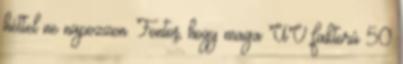
héttel ne napozzon. Fontos, hogy maga UV faktorú 50